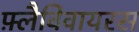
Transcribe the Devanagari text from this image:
फ़्लैविवायरस